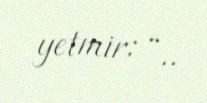
yetmir: “..